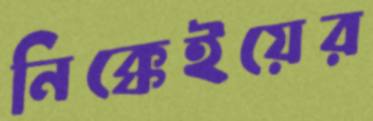
নিক্কেইয়ের